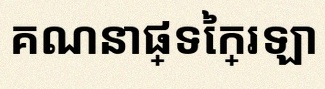
គណនាផ្ទៃក្រឡា